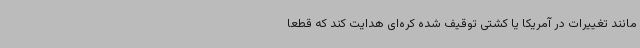
مانند تغییرات در آمریکا یا کشتی توقیف شده کره‌ای هدایت کند که قطعا